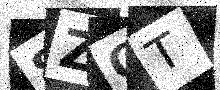
Text: 8ZQT